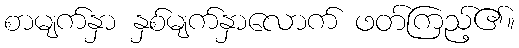
စာမျက်နှာ နှစ်မျက်နှာလောက် ဖတ်ကြည့်၏။